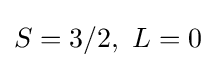
S=3/2,\ L=0